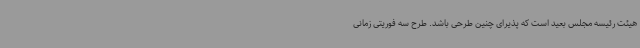
هیئت رئیسه مجلس بعید است که پذیرای چنین طرحی باشد. طرح سه فوریتی زمانی